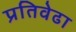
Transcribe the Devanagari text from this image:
प्रतिवेढा